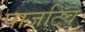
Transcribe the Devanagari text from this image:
पाजटिव